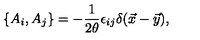
\{ A _ { i } , A _ { j } \} = - { \frac { 1 } { 2 \theta } } \epsilon _ { i j } \delta ( \vec { x } - \vec { y } ) ,